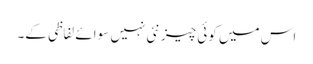
اس میں کوئی چیز نئی نہیں سوائے لفاظی کے۔